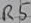
Text: R5